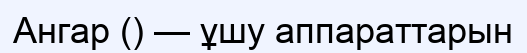
Ангар () — ұшу аппараттарын